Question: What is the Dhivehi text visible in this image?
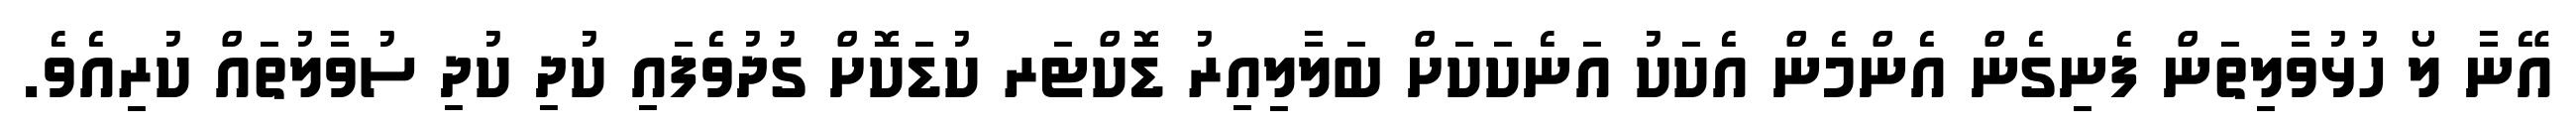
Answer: އޭނާ ލޯ ހުޅުވާލިތަން ފެނިގެން އެންމެން އެކަކު އަނެކަކަށް ބަލާލިއިރު ޑޮކްޓަރ ކުޑަކޮށް ގުދުވެފައި ކުދި ކުދި ސުވާލުތައް ކުރިއެވެ.